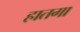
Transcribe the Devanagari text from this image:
हातगा